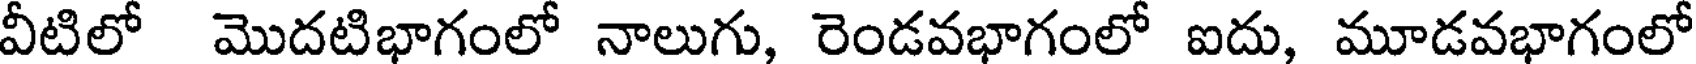
వీటిలో మొదటిభాగంలో నాలుగు, రెండవభాగంలో ఐదు, మూడవభాగంలో